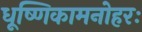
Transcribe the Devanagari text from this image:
धूष्णिकामनोहरः